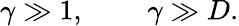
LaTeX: \gamma\gg 1,\, \, \, \, \, \, \, \, \, \, \, \, \, \gamma\gg D.